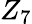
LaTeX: Z_{7}